Annual report of the Imperial Bacteriological Laboratory, Muktesar
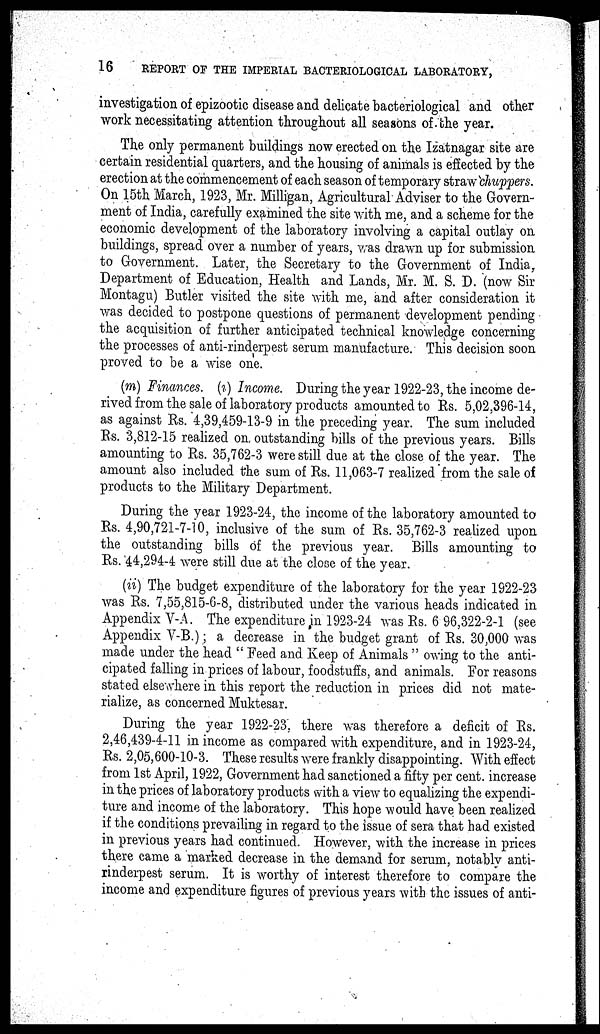
16
REPORT OF THE IMPERIAL BACTERIOLOGICAL LABORATORY,
investigation of epizootic disease and delicate bacteriological and other
work necessitating attention throughout all seasons of the year.
The only permanent buildings now erected on the Izatnagar site are
certain residential quarters, and the housing of animals is effected by the
erection at the commencement of each season of temporary straw chuppers.
On 15th March, 1923, Mr. Milligan, Agricultural Adviser to the Govern-
ment of India, carefully examined the site with me, and a scheme for the
economic development of the laboratory involving a capital outlay on
buildings, spread over a number of years, was drawn up for submission
to Government. Later, the Secretary to the Government of India,
Department of Education, Health and Lands, Mr. M. S. D. (now Sir
Montagu) Butler visited the site with me, and after consideration it
was decided to postpone questions of permanent development pending
the acquisition of further anticipated technical knowledge concerning
the processes of anti-rinderpest serum manufacture. This decision soon
proved to be a wise one.
(m) Finances, (i) Income. During the year 1922-23, the income de-
rived from the sale of laboratory products amounted to Rs. 5,02,396-14,
as against Rs. 4,39,459-13-9 in the preceding year. The sum included
Rs. 3,812-15 realized on outstanding bills of the previous years. Bills
amounting to Rs. 35,762-3 were still due at the close of the year. The
amount also included the sum of Rs. 11,063-7 realized from the sale of
products to the Military Department.
During the year 1923-24, the income of the laboratory amounted to
Rs. 4,90,721-7-10, inclusive of the sum of Rs. 35,762-3 realized upon
the outstanding bills of the previous year. Bills amounting to
Rs. 44,294-4 were still due at the close of the year.
(ii) The budget expenditure of the laboratory for the year 1922-23
was Rs. 7,55,815-6-8, distributed under the various heads indicated in
Appendix V-A. The expenditure in 1923-24 was Rs. 6,96,322-2-1 (see
Appendix V-B.); a decrease in the budget grant of Rs. 30,000 was
made under the head " Feed and Keep of Animals " owing to the anti-
cipated falling in prices of labour, foodstuffs, and animals. For reasons
stated elsewhere in this report the reduction in prices did not mate-
rialize, as concerned Muktesar.
During the year 1922-23. there was therefore a deficit of Rs.
2,46,439-4-11 in income as compared with expenditure, and in 1923-24,
Rs. 2,05,600-10-3. These results were frankly disappointing. With effect
from 1st April, 1922, Government had sanctioned a fifty per cent. increase
in the prices of laboratory products with a view to equalizing the expendi-
ture and income of the laboratory. This hope would have been realized
if the conditions prevailing in regard to the issue of sera that had existed
in previous years had continued. However, with the increase in prices
there came a marked decrease in the demand for serum, notably anti-
rinderpest serum. It is worthy of interest therefore to compare the
income and expenditure figures of previous years with the issues of anti-